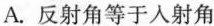
A.反射角等于入射角